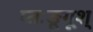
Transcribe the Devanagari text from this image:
प्तःङूगूश्